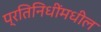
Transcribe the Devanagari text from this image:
प्रतिनिधींमधील